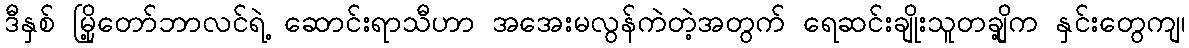
ဒီနှစ် မြို့တော်ဘာလင်ရဲ့ ဆောင်းရာသီဟာ အအေးမလွန်ကဲတဲ့အတွက် ရေဆင်းချိုးသူတချို့က နှင်းတွေကျ၊